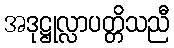
အဒုဋ္ဌုလ္လာပတ္တိသညီ